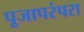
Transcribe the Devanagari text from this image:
पूजापरंपरा